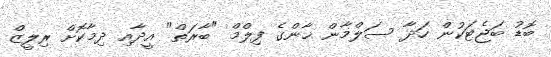
ބޮޑު ބަޖެޓަކުން ހަދާ ސަލްމާން ޚާންގެ ފިލްމް "ބާރަތް" އީދާއި ދިމާކޮށް ރިލީޒް